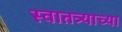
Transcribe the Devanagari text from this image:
स्वातत्र्याच्या